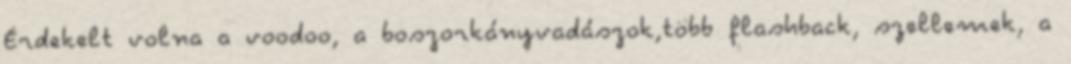
Érdekelt volna a voodoo, a boszorkányvadászok,több flashback, szellemek, a